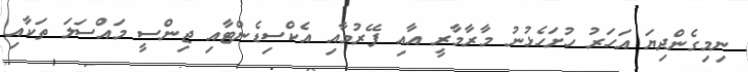
ނިމިގެންދިޔަ އަހަރު ހުށަހެޅުނު މާރާމާރީ އާއި ފޭރުމާއި އެކްސިޑެންޓާއި ޖިންސީ މައްސަލަ ތަކާއި